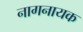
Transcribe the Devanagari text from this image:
नागनायक